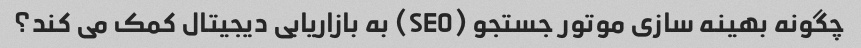
چگونه بهینه سازی موتور جستجو (SEO) به بازاریابی دیجیتال کمک می کند؟